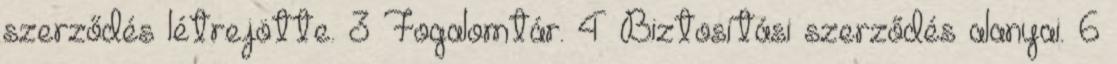
szerződés létrejötte. 3 Fogalomtár. 4 Biztosítási szerződés alanyai. 6